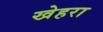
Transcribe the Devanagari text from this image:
खेहरा